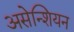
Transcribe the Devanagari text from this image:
असेन्शियन